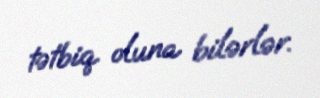
tətbiq oluna bilərlər.